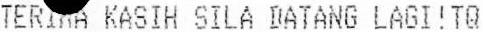
TERIMA KASIH SILA DATANG LAGI!TQ